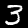
Label: 3